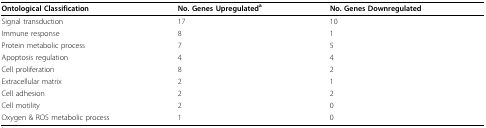
<table><thead><tr><td><b>Ontological Classification</b></td><td><b>No. Genes Upregulated<sup>a</sup></b></td><td><b>No. Genes Downregulated</b></td></tr></thead><tbody><tr><td>Signal transduction</td><td>17</td><td>10</td></tr><tr><td>Immune response</td><td>8</td><td>1</td></tr><tr><td>Protein metabolic process</td><td>7</td><td>5</td></tr><tr><td>Apoptosis regulation</td><td>4</td><td>4</td></tr><tr><td>Cell proliferation</td><td>8</td><td>2</td></tr><tr><td>Extracellular matrix</td><td>2</td><td>1</td></tr><tr><td>Cell adhesion</td><td>2</td><td>2</td></tr><tr><td>Cell motility</td><td>2</td><td>0</td></tr><tr><td>Oxygen &amp; ROS metabolic process</td><td>1</td><td>0</td></tr></tbody></table>